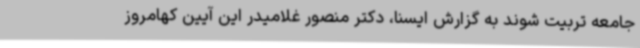
جامعه تربیت شوند به گزارش ایسنا، دکتر منصور غلامیدر این آیین کهامروز